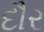
દૌર